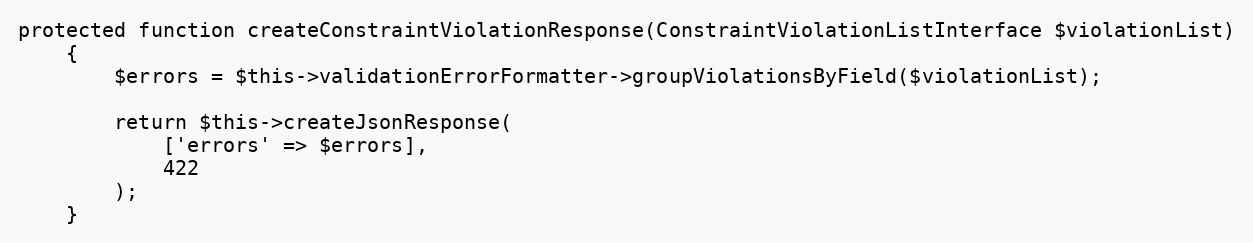
Language: PHP
protected function createConstraintViolationResponse(ConstraintViolationListInterface $violationList)
    {
        $errors = $this->validationErrorFormatter->groupViolationsByField($violationList);

        return $this->createJsonResponse(
            ['errors' => $errors],
            422
        );
    }